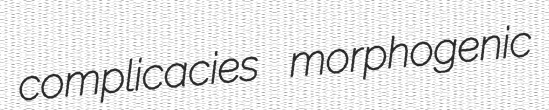
complicacies morphogenic